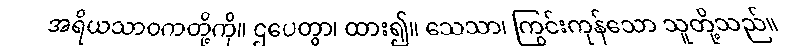
အရိယသာဝကတို့ကို။ ဌပေတွာ၊ ထား၍။ သေသာ၊ ကြွင်းကုန်သော သူတို့သည်။